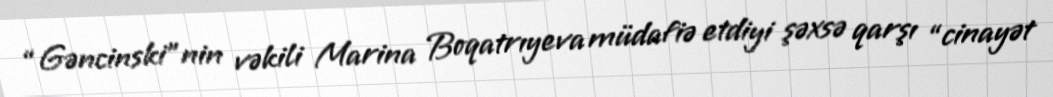
“Gəncinski”nin vəkili Marina Boqatrıyeva müdafiə etdiyi şəxsə qarşı “cinayət